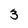
Character: 3